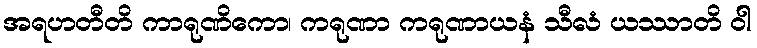
အရဟတီတိ ကာရုဏိကော၊ ကရုဏာ ကရုဏာယနံ သီလံ ယဿာတိ ဝါ